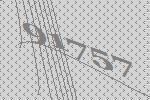
91757